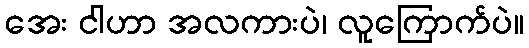
အေး ငါဟာ အလကားပဲ၊ လူကြောက်ပဲ။